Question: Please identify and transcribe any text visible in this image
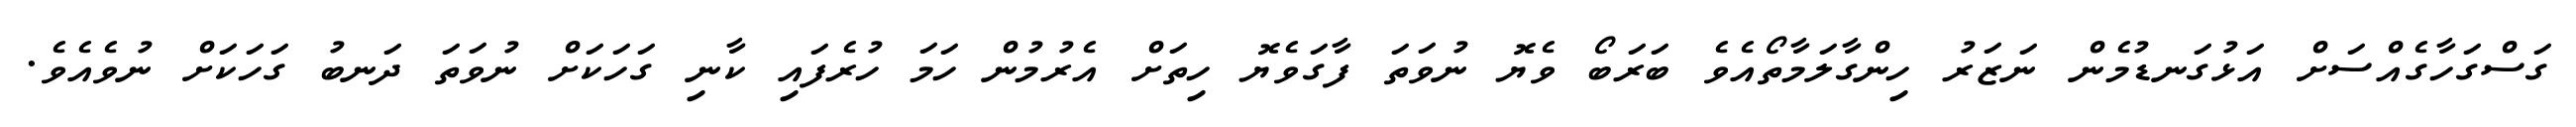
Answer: ގަސްގަހާގެއްސަށް އަޅުގަނޑުމެން ނަޒަރު ހިންގާލަމާތޯއެވެ ބަރަބޯ ވެޔޮ ނުވަތަ ފާގަވެޔޮ ހިތަށް އެރުމުން ހަމަ ހުރެފައި ކާނި ގަހަކަށް ނުވަތަ ދަނބު ގަހަކަށް ނުވެއެވެ.